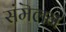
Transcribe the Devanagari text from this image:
संमॆलन